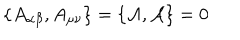
\{ A _ { \alpha \beta } , A _ { \mu \nu } \} = \{ { \cal { A } } , { \cal { A } } \} = 0